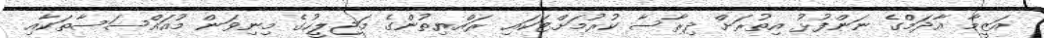
އަޒީމާ އާދަމްގެ ނަންފުޅު އިތުރަށް ދިރާސާ ކުރުމަށްޓަކައި ރައްޔިތުންގެ މަޖިލީހުގެ މިނިވަން މުއައްސަސާތަކާއި